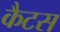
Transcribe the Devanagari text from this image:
कैटस